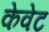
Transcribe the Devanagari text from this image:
केवेट